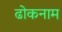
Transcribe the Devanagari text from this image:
ढोकनाम